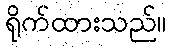
ရိုက်ထားသည်။